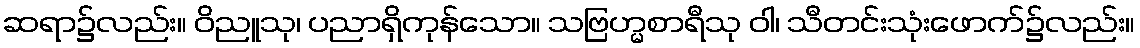
ဆရာ၌လည်း။ ဝိညူသု၊ ပညာရှိကုန်သော။ သဗြဟ္မစာရီသု ဝါ၊ သီတင်းသုံးဖောက်၌လည်း။